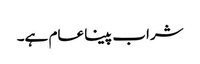
شراب پینا عام ہے۔